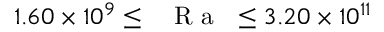
1 . 6 0 \times 1 0 ^ { 9 } \leq \mathrm { ~ \textit ~ { ~ R ~ a ~ } ~ } \leq 3 . 2 0 \times 1 0 ^ { 1 1 }